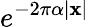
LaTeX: e^{-2\pi\alpha|\mathbf{x}|}